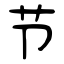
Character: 节